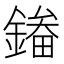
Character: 𮢲